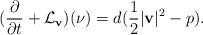
LaTeX: \begin{align*}(\frac{\partial }{\partial t}+\mathcal{L}_{\bf v})({\bf \nu})=d(\frac{1}{2}|{\bf v}|^2-{p}).\end{align*}